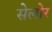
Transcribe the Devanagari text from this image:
सेलोर